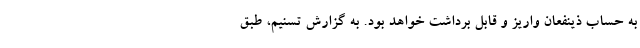
به حساب ذینفعان واریز و قابل برداشت خواهد بود. به گزارش تسنیم،‌ طبق